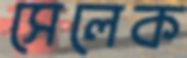
সেলেক